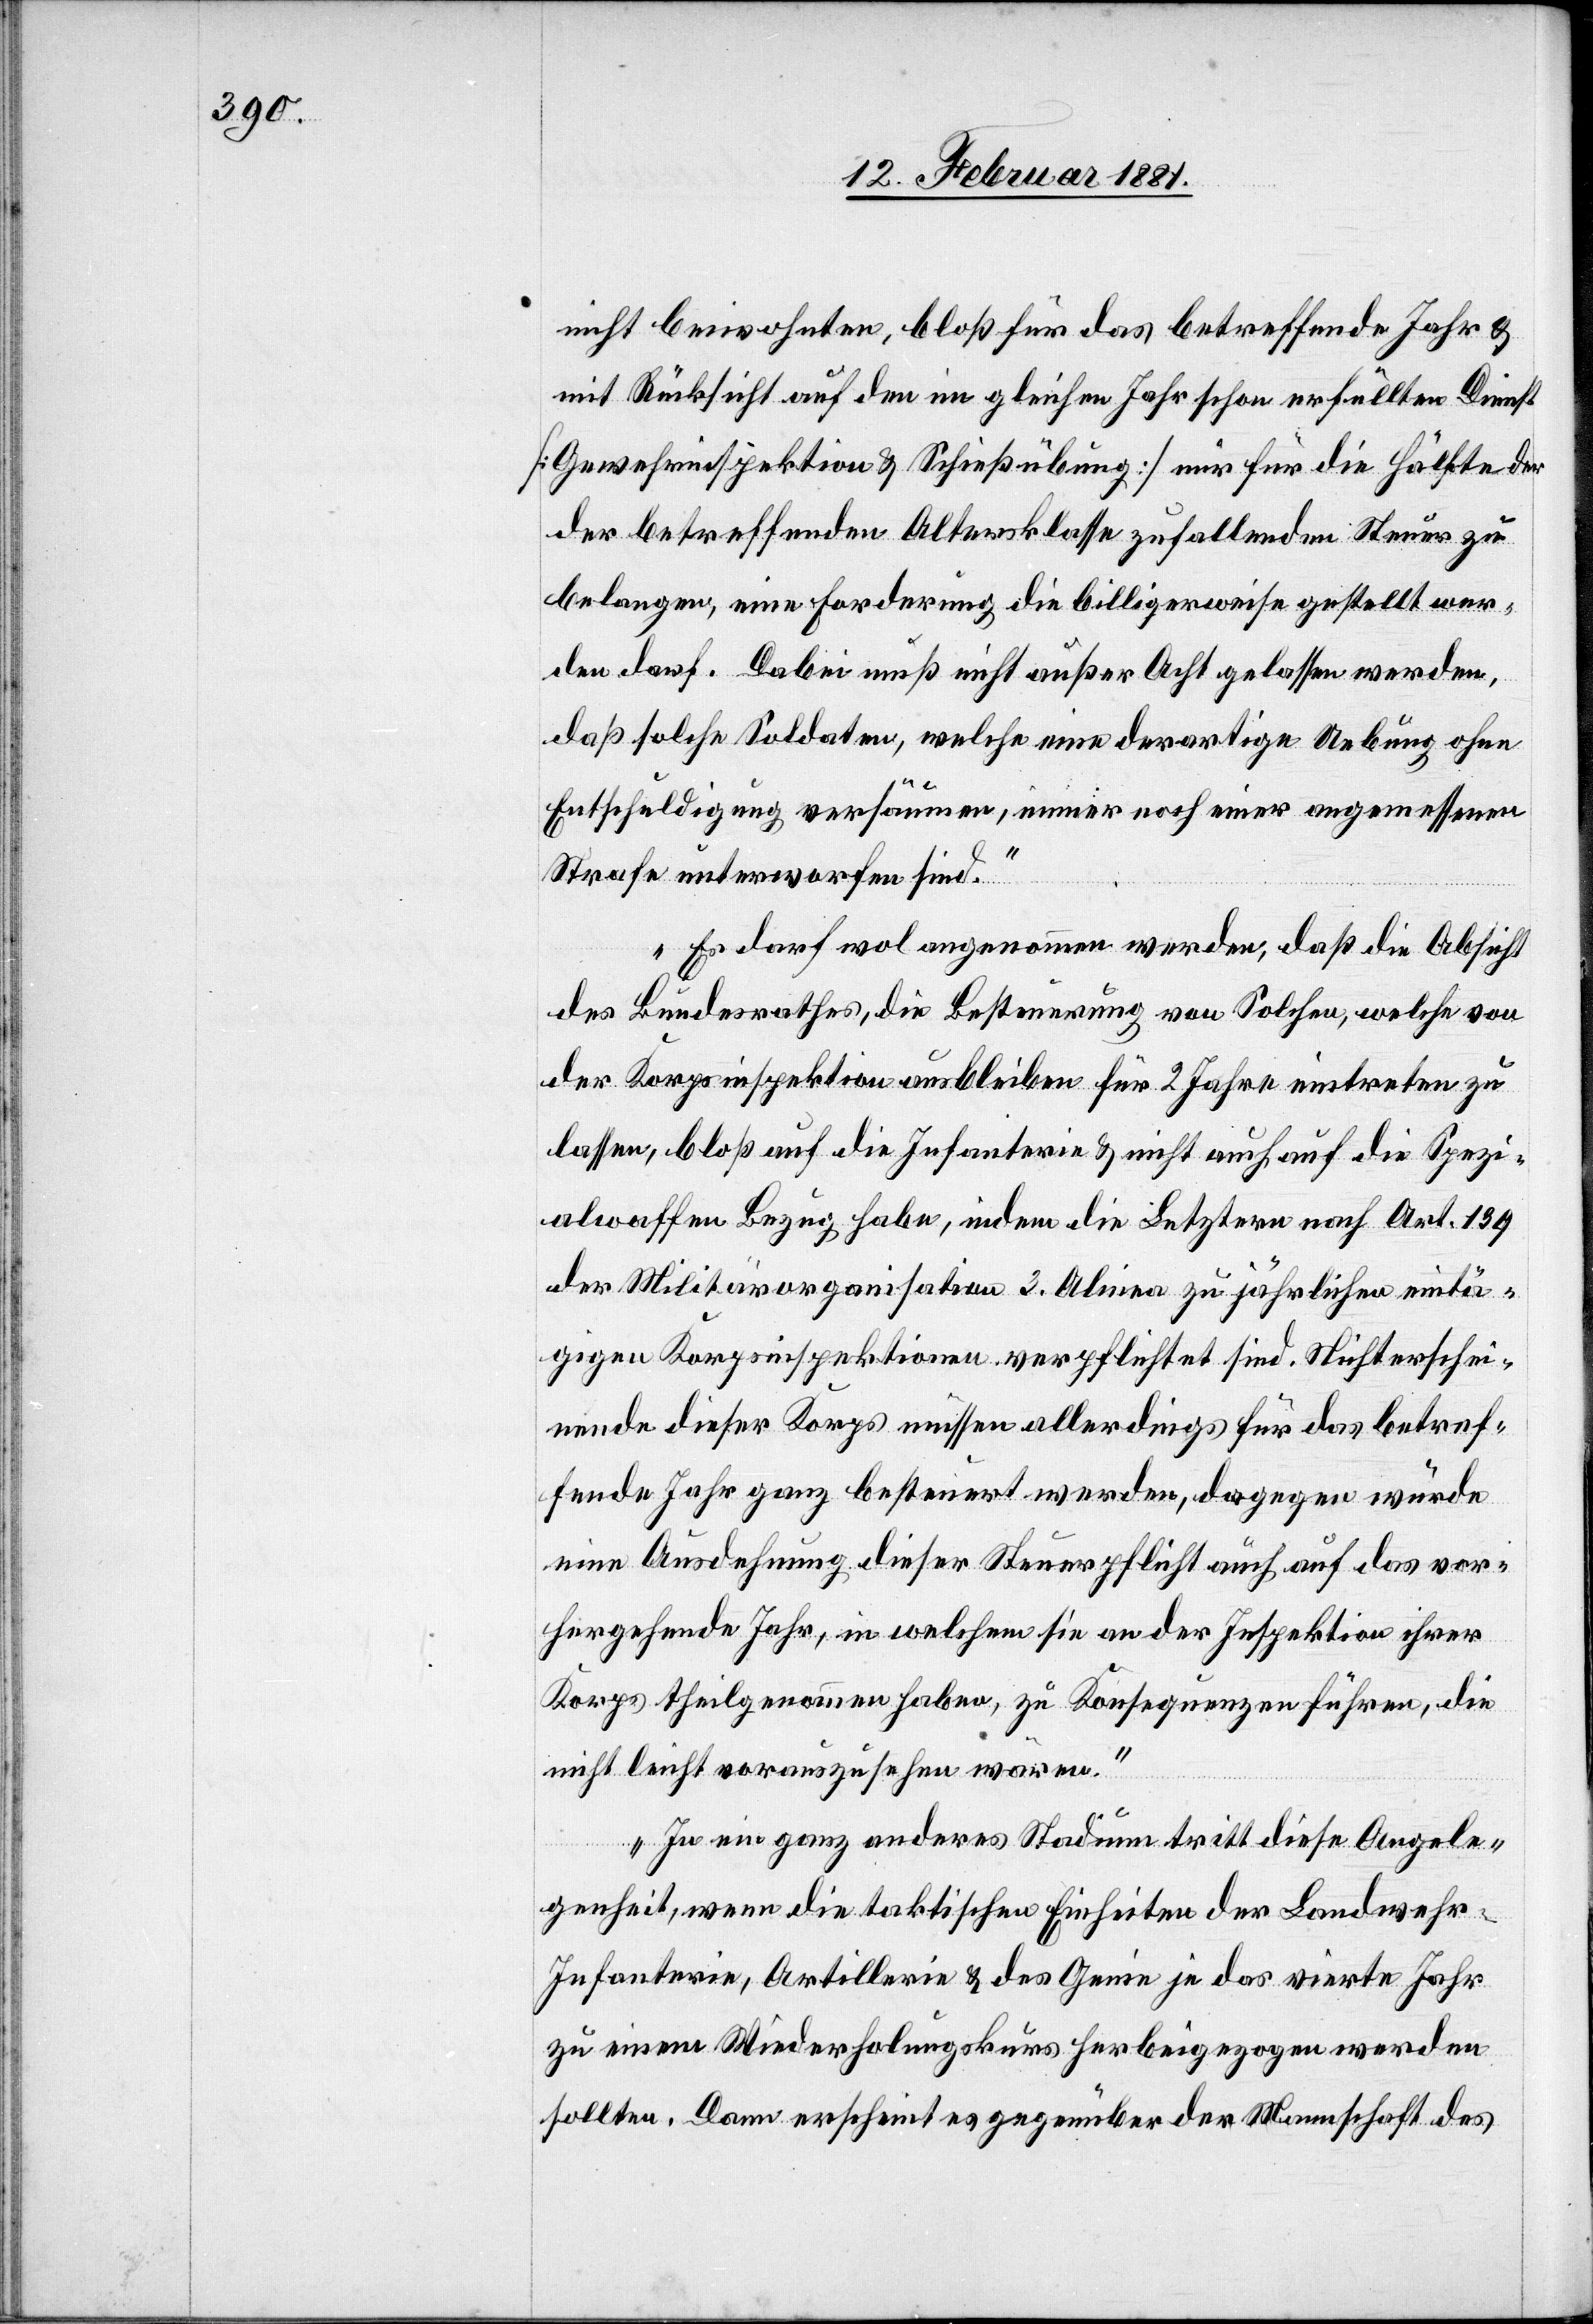
nicht beiwohnten, bloß für das betreffend Jahr &
mit Rücksicht auf den im gleichen Jahr schon erfüllten Dienst
[Gemeindeinspektion & Schießübung] nur für die Hälfte der
der betreffenden Altersklasse zufallenden Steuer zu
belangen, eine Forderung die billigerweise gestellt wer¬
den darf. Dabei muß nicht außer Acht gelassen werden,
daß solche Soldaten, welche eine derartige Uebung ohne
Entschuldigung versäumen, immer noch einer angemessenen
Strafe unterworfen sind.
Es darf wol angenommen werden, daß die Absicht
des Bundesrathes, die Besteuerung von Solchen, welche von
der Korpsinspektion ausbleiben für 2 Jahre eintreten zu
lassen, bloß auf die Infanterie & nicht auch auf die Spezi¬
alwaffen Bezug habe, indem die Letztern nach Art. 139
der Militärorganisation 3. Alinea zu jährlichen eintä¬
gigen Korpsinspektionen verpflichtet sind. Nichterschei¬
nende dieser Korps müssen allerdings für das betref¬
fende Jahr ganz besteuert werden, dagegen würde
eine Ausdehnung dieser Steuerpflicht auch auf das vor¬
hergehende Jahr, in welchem sie an der Inspektion ihrer
Korps theilgenommen haben, zu Konsequenzen führen, die
nicht leicht vorauszusehen wären.
In ein ganz anderes Stadium tritt diese Angele¬
genheit, wenn die taktischen Einheiten der Landweh¬
r-Infanterie, Artillerie & des Genie je das vierte Jahr
zu einem Wiederholungskurs herbeigezogen werden
sollten. Dann erschient es gegenüber der Mannschaft des